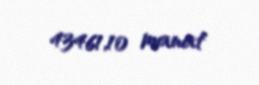
43461,10 manat